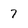
Character: 7